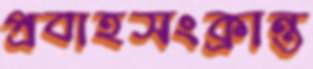
প্রবাহসংক্রান্ত